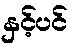
နှင့်ပင်